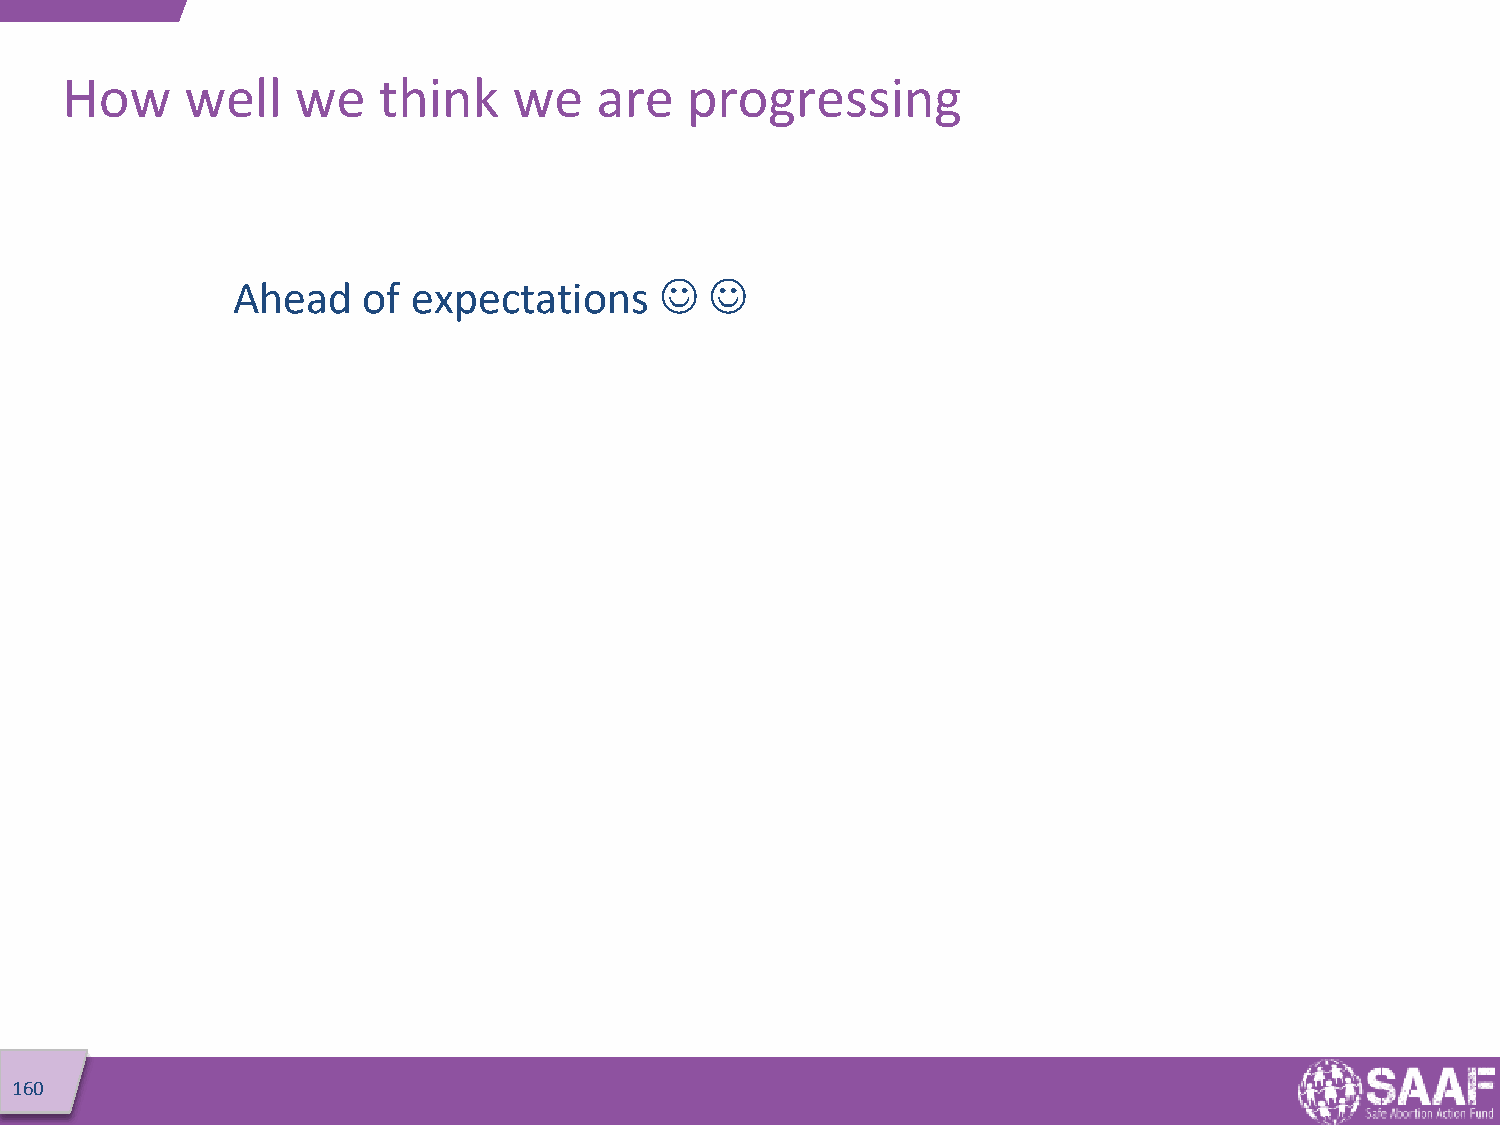
How     well    we   think    we   are   progressing
 Ahead    of expectations       
 160